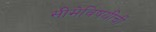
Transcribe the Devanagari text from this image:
सीमेविषयीची